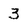
Character: 3